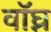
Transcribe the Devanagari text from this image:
वॉघ्न